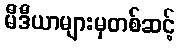
မီဒီယာများမှတစ်ဆင့်